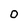
Character: 0